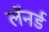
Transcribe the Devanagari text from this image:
लॅनर्ड